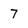
Character: 7